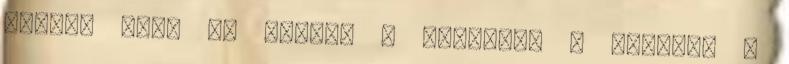
magára más, ha megöli a stressz. A stressz a